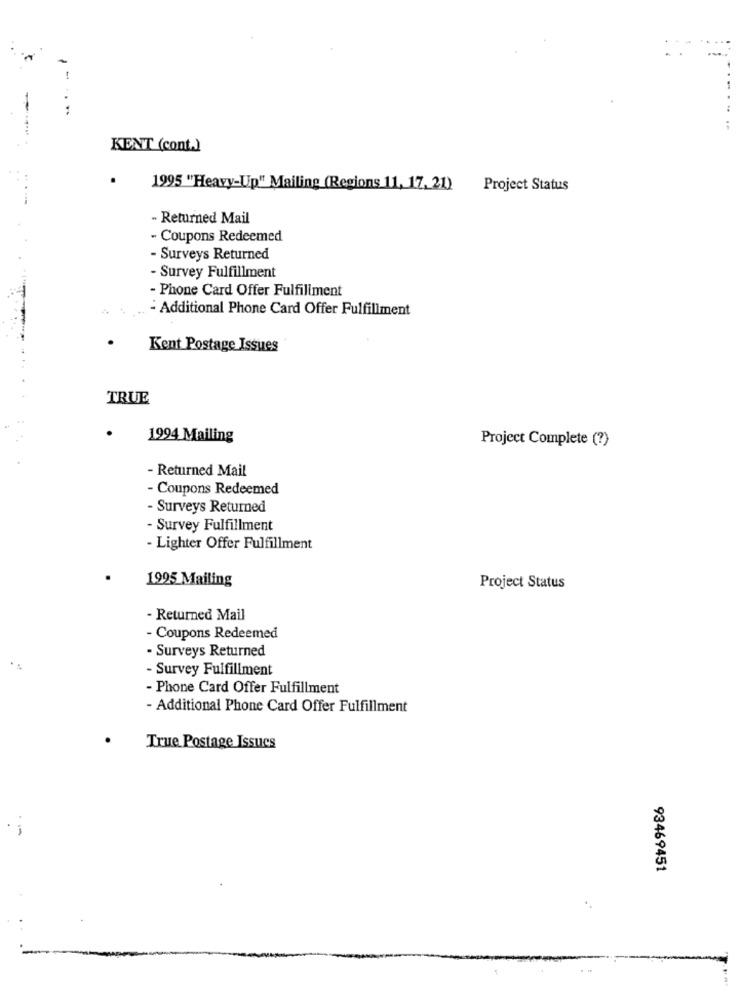
1
-.....
KENT (cont.)
.
1995 "Heavy-Up" Mailing (Regions 11, 17, 21) Project Status
- Returned Mail
- Coupons Redeemed
- Surveys Returned
- Survey Fulfillment
- Phone Card Offer Fulfillment
Additional Phone Card Offer Fulfillment
Kent Postage Issues
TRUE
1994 Mailing
Project Complete (?)
- Returned Mail
- Coupons Redeemed
- Surveys Returned
- Survey Fulfillment
- Lighter Offer Fulfillment
1995 Mailing
Project Status
- Returned Mail
- Coupons Redeemed
- Surveys Returned
- Survey Fulfillment
- Phone Card Offer Fulfillment
- Additional Phone Card Offer Fulfillment
.
True Postage Issues
-
93469451